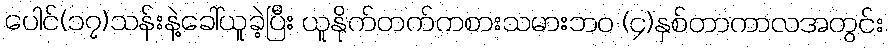
ပေါင်(၁၇)သန်းနဲ့ခေါ်ယူခဲ့ပြီး ယူနိုက်တက်ကစားသမားဘ၀ (၄)နှစ်တာကာလအတွင်း